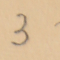
3